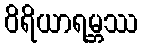
ဝိရိယာရမ္ဘဿ